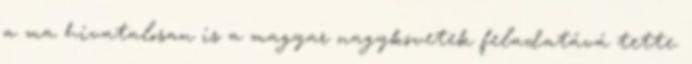
a ma hivatalosan is a magyar nagykövetek feladatává tette.